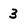
Character: 3